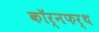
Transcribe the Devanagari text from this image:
कॉर्नफर्थ